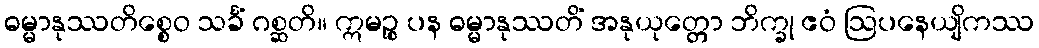
ဓမ္မာနုဿတိစ္စေဝ သင်္ခံ ဂစ္ဆတိ။ ဣမဉ္စ ပန ဓမ္မာနုဿတိံ အနုယုတ္တော ဘိက္ခု ဧဝံ ဩပနေယျိကဿ